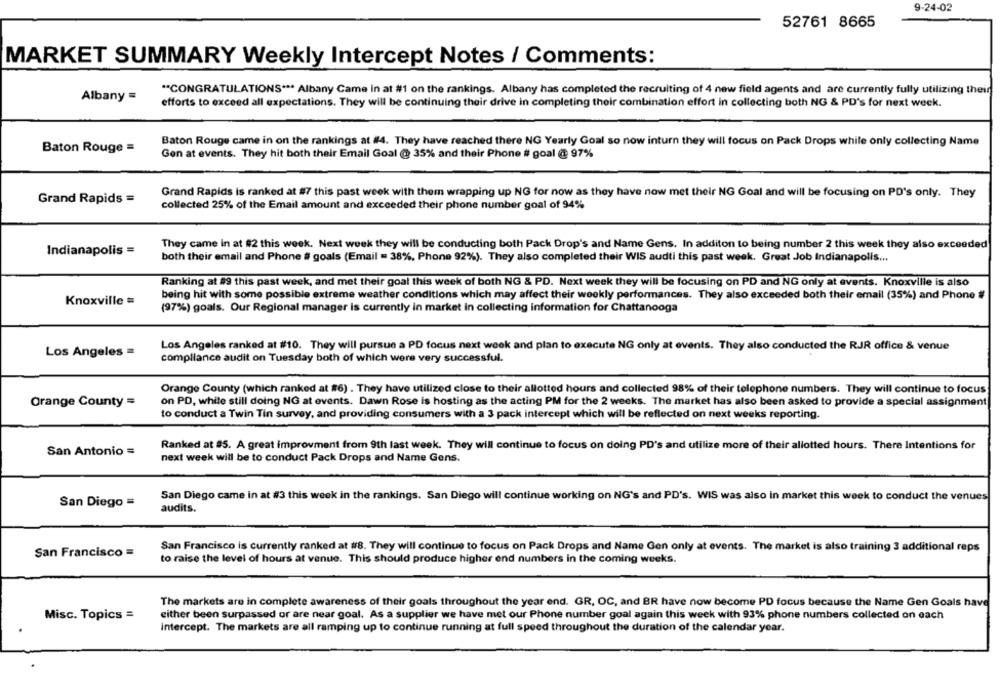
9-24-02
52761 8665
MARKET SUMMARY Weekly Intercept Notes / Comments:
"CONGRATULATIONS *** Albany Came in at #1 on the rankings. Albany has completed the recruiting of 4 new field agents and are currently fully utilizing their
Albany =
efforts to exceed all expectations. They will be continuing their drive in completing their combination effort in collecting both NG & PD's for next week.
Baton Rouge came in on the rankings at #4. They have reached there NG Yearly Goal so now inturn they will focus on Pack Drops while only collecting Name
Baton Rouge =
Gen at events. They hit both their Email Goal @ 35% and their Phone # goal @ 97%
Grand Rapids is ranked at #7 this past week with them wrapping up NG for now as they have now met their NG Goal and will be focusing on PD's only. They
Grand Rapids =
collected 25% of the Email amount and exceeded their phone number goal of 94%
They came in at #2 this week. Next week they will be conducting both Pack Drop's and Name Gens. In additon to being number 2 this week they also exceeded
Indianapolis =
both their email and Phone # goals (Email = 38%, Phone 92%). They also completed their WIS audti this past week. Great Job Indianapolis ...
Ranking at 99 this past week, and met their goal this week of both NG & PD. Next week they will be focusing on PD and NG only at events. Knoxville is also
being hit with some possible extreme weather conditions which may affect their weekly performances. They also exceeded both their email (35%) and Phone #
Knoxville =
(97%) goals. Our Regional manager is currently in market in collecting information for Chattanooga
Los Angeles ranked at #10. They will pursue a PD focus next week and plan to execute NG only at events. They also conducted the RJR office & venue
Los Angeles =
compliance audit on Tuesday both of which were very successful.
Orange County (which ranked at #6) . They have utilized close to their allotted hours and collected 98% of their telephone numbers. They will continue to focus
Orange County =
on PD, while still doing NG at events. Dawn Rose is hosting as the acting PM for the 2 weeks. The market has also been asked to provide a special assignment
to conduct a Twin Tin survey, and providing consumers with a 3 pack intercept which will be reflected on next weeks reporting.
San Antonio =
Ranked at 95. A great improvment from 9th last week. They will continue to focus on doing PD's and utilize more of their allotted hours. There Intentions for
next week will be to conduct Pack Drops and Name Gens.
San Diego came in at #3 this week in the rankings. San Diego will continue working on NG's and PD's. WIS was also in market this week to conduct the venues
San Diego =
audits.
San Francisco is currently ranked at #8. They will continue to focus on Pack Drops and Name Gen only at events. The market is also training 3 additional reps
San Francisco =
to raise the level of hours at venue. This should produce higher end numbers in the coming weeks.
The markets are in complete awareness of their goals throughout the year end. GR, OC, and BR have now become PD focus because the Name Gen Goals have
Misc. Topics =
either been surpassed or are near goal. As a supplier we have met our Phone number goal again this week with 93% phone numbers collected on each
intercept. The markets are all ramping up to continue running at full speed throughout the duration of the calendar year.